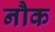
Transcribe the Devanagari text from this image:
नौक